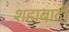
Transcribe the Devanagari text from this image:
शहाबादी